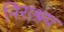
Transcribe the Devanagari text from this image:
निराश्रय